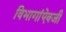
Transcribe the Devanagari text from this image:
विभागांऐवजी